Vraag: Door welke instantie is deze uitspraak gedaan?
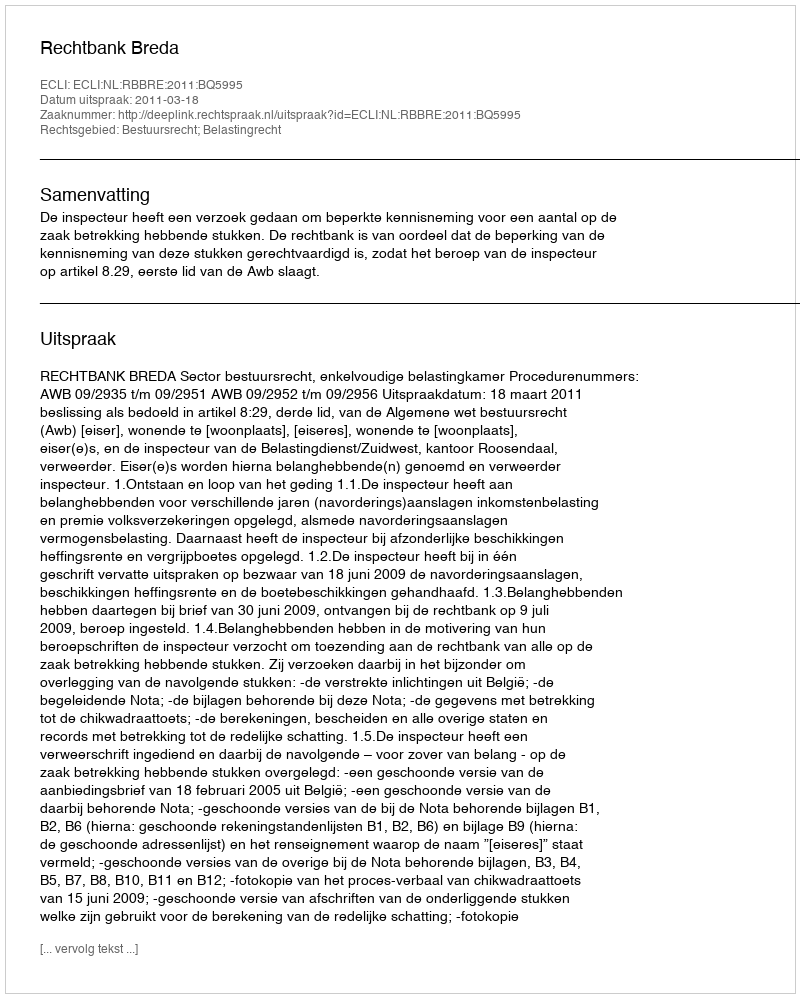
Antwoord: Rechtbank Breda